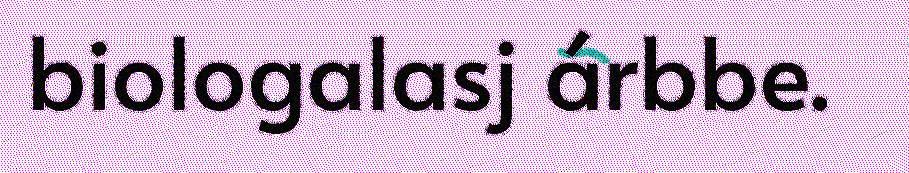
biologalasj árbbe.